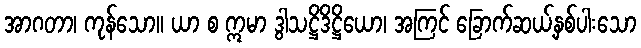
အာဂတာ၊ ကုန်သော။ ယာ စ ဣမာ ဒွါသဋ္ဌိဒိဋ္ဌိယော၊ အကြင် ခြောက်ဆယ့်နှစ်ပါးသော